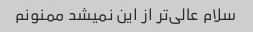
سلام عالی‌تر از این نمیشد ممنونم